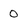
Character: 0